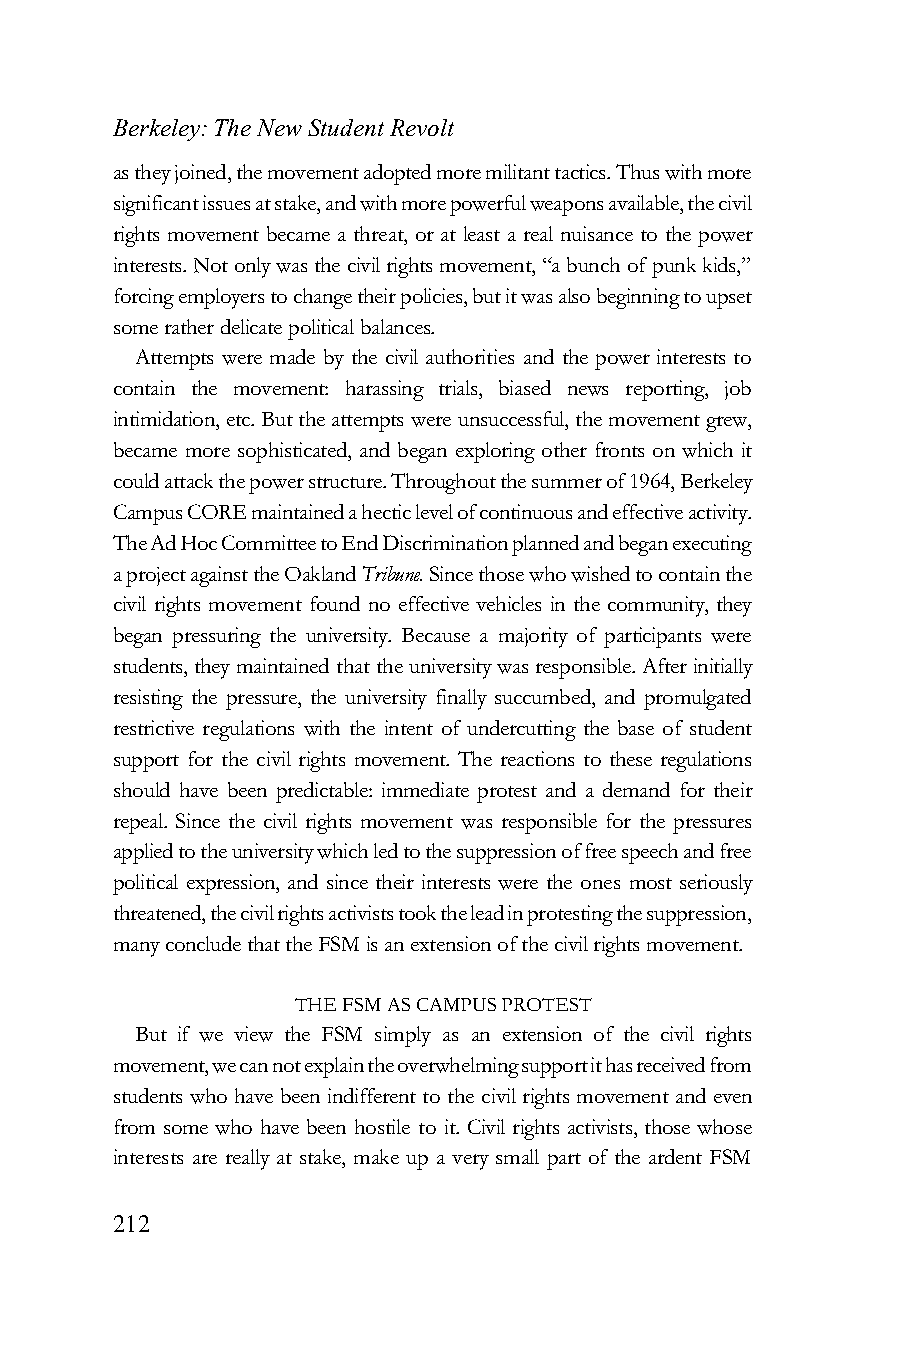
Berkeley: The New Student Revolt
 as they joined, the movement adopted more militant tactics. Thus with more
 significant issues at stake, and with more powerful weapons available, the civil
 rights movement became a threat, or at least a real nuisance to the power
 interests. Not only was the civil rights movement, “a bunch of punk kids,”
 forcing employers to change their policies, but it was also beginning to upset
 some rather delicate political balances.
 Attempts were made by the civil authorities and the power interests to
 contain the movement: harassing trials, biased news reporting, job
 intimidation, etc. But the attempts were unsuccessful, the movement grew,
 became more sophisticated, and began exploring other fronts on which it
 could attack the power structure. Throughout the summer of 1964, Berkeley
 Campus CORE maintained a hectic level of continuous and effective activity.
 The Ad Hoc Committee to End Discrimination planned and began executing
 a project against the Oakland Tribune. Since those who wished to contain the
 civil rights movement found no effective vehicles in the community, they
 began pressuring the university. Because a majority of participants were
 students, they maintained that the university was responsible. After initially
 resisting the pressure, the university finally succumbed, and promulgated
 restrictive regulations with the intent of undercutting the base of student
 support for the civil rights movement. The reactions to these regulations
 should have been predictable: immediate protest and a demand for their
 repeal. Since the civil rights movement was responsible for the pressures
 applied to the university which led to the suppression of free speech and free
 political expression, and since their interests were the ones most seriously
 threatened, the civil rights activists took the lead in protesting the suppression,
 many conclude that the FSM is an extension of the civil rights movement.
 THE FSM AS CAMPUS PROTEST
 But if we view the FSM simply as an extension of the civil rights
 movement, we can not explain the overwhelming support it has received from
 students who have been indifferent to the civil rights movement and even
 from some who have been hostile to it. Civil rights activists, those whose
 interests are really at stake, make up a very small part of the ardent FSM
 212